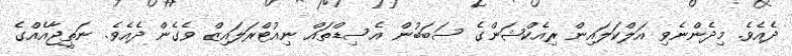
ދެއެވެ. މިދެންނެވި އަލްކަލައިން ރިއެކްޝަންގެ ސަބަބުން އެސިޑްތައް ނިއުޓްރަލައިޒް ވެގެން ދެއެވެ. ނަތީޖާއެއްގެ